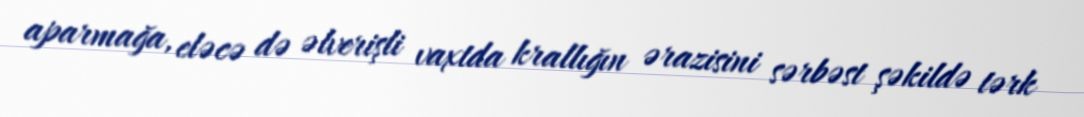
aparmağa, eləcə də əlverişli vaxtda krallığın ərazisini sərbəst şəkildə tərk